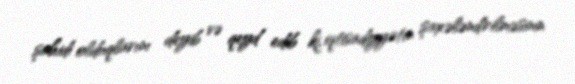
şahidi olduqlarını deyib və qeyd edib ki, iqtisadiyyatın şaxələndirilməsinin